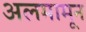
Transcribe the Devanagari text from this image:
अलमामून